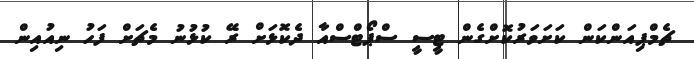
ޗެމްޕިއަންކަން ކަށަވަރުކޮށްގެން ޓީސީ ސްޕޯޓްސްއާ ދެކޮޅަށް ރޭ ކުޅުނު މެޗަށް ފަހު ނިއުއިން